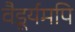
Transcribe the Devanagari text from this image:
वैडूर्यमपि